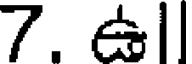
7. ఉll